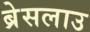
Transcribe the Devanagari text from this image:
ब्रेसलाउ